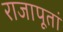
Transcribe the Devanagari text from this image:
राजापूतां